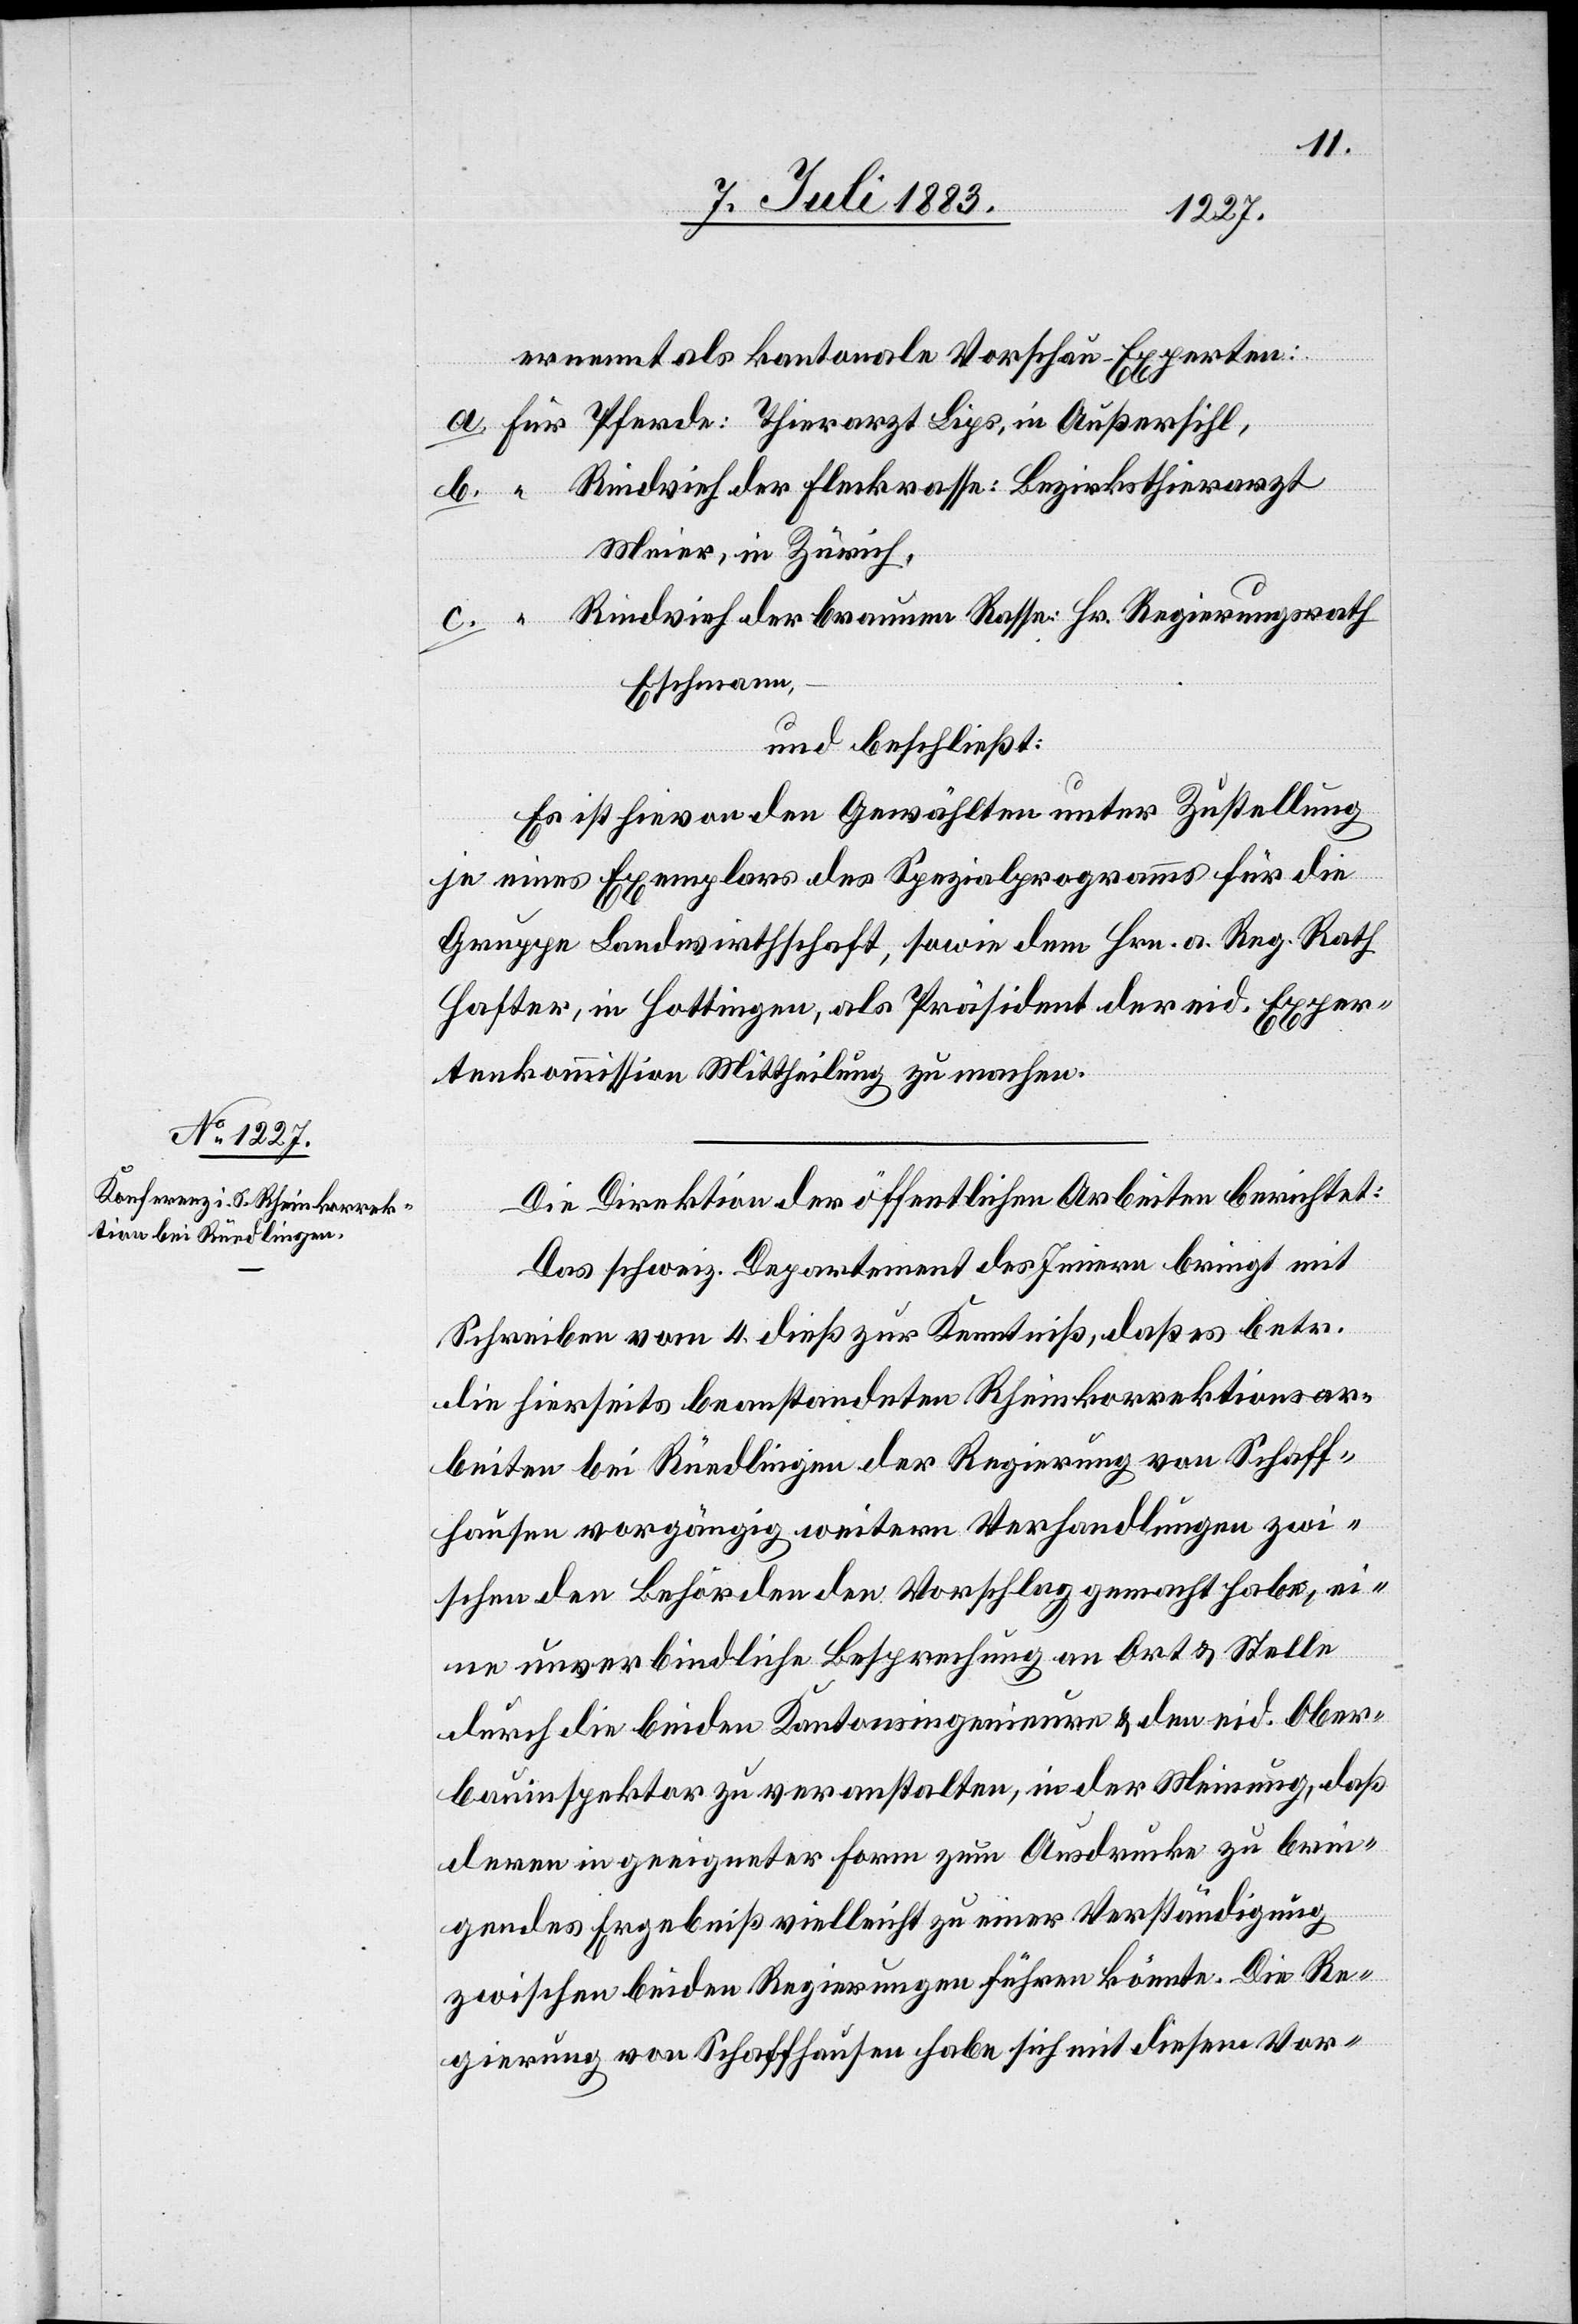
ernennt als kantonale Vorschau-Experten:
a. für Pferde: Thierarzt Lips, in Außersihl,
Rindvieh der Fleckenrasse: Bezirksthierarzt
b. “
Meier, in Zürich,
Rindvieh der braunen Rasse: Hr. Regierungsrath
Eschmann,
und beschließt:
Es ist hievon den Gewählten unter Zustellung
je eines Exemplars des Spezialprogramms für die
Gruppe Landwirthschaft, sowie dem Hrn. a. Reg. Rath
Hafter, in Hottingen, als Präsident der eid. Exper¬
tenkommission Mittheilung zu machen.
Die Direktion der öffentlichen Arbeiten berichtet:
Das schweiz. Departement des Innern bringt mit
Schreiben vom 4. dieß zur Kenntniß, daß es betr.
die hierseits beanstandeten Rheinkorrektionsar¬
beiten bei Rüedlingen der Regierung von Schaff¬
hausen vorgängig weitere[r] Verhandlungen zwi¬
schen den Behörden den Vorschlag gemacht habe, ei¬
ne unverbindliche Besprechung an Ort & Stelle
durch die beiden Kantonsingenieure & den eid. Ober¬
bauinspektor zu veranstalten, in der Meinung, daß
deren in geeigneter Form zum Ausdrucke zu brin¬
gendes Ergebniß vielleicht zu einer Verständigung
zwischen beiden Regierungen führen könnte. Die Re¬
gierung von Schaffhausen habe sich mit diesem Vor-